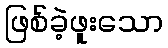
ဖြစ်ခဲ့ဖူးသော